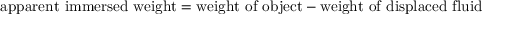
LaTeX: { \mathrm { a p p a r e n t ~ i m m e r s e d ~ w e i g h t } } = { \mathrm { w e i g h t ~ o f ~ o b j e c t } } - { \mathrm { w e i g h t ~ o f ~ d i s p l a c e d ~ f l u i d } }